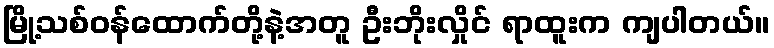
မြို့သစ်ဝန်ထောက်တို့နဲ့အတူ ဦးဘိုးလှိုင် ရာထူးက ကျပါတယ်။